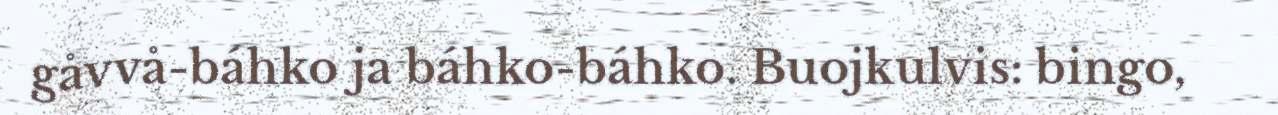
gåvvå-báhko ja báhko-báhko. Buojkulvis: bingo,